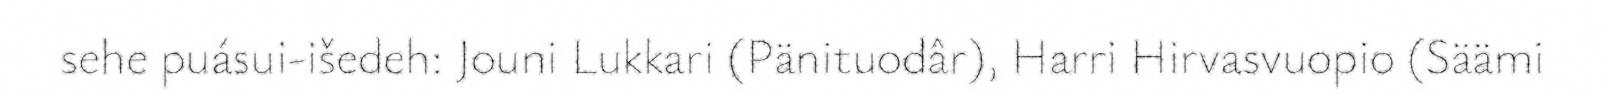
sehe puásui-išedeh: Jouni Lukkari (Pänituodâr), Harri Hirvasvuopio (Säämi